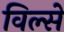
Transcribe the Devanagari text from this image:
विल्से